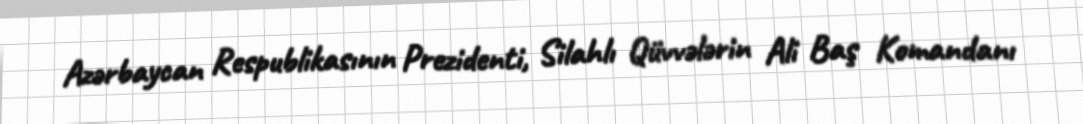
Azərbaycan Respublikasının Prezidenti, Silahlı Qüvvələrin Ali Baş Komandanı